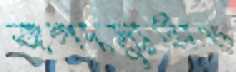
জলদস্যুতাও